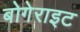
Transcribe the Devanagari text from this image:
बोगेराइट